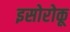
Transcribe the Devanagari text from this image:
इसोरोकू